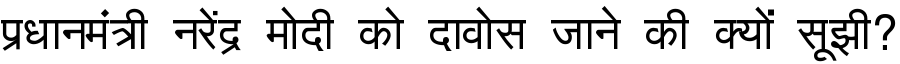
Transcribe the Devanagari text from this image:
प्रधानमंत्री नरेंद्र मोदी को दावोस जाने की क्यों सूझी?